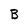
Character: B